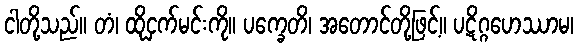
ငါတို့သည်။ တံ၊ ထိုငှက်မင်းကို။ ပက္ခေတိ၊ အတောင်တို့ဖြင့်။ ပဋိဂ္ဂဟေဿာမ၊